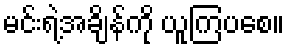
မင်းရဲ့အချိန်ကို ယူကြပစေ။